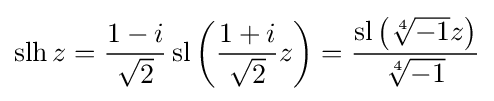
\operatorname {slh} z={\frac {1-i}{\sqrt {2}}}\operatorname {sl} \left({\frac {1+i}{\sqrt {2}}}z\right)={\frac {\operatorname {sl} \left({\sqrt[{4}]{-1}}z\right)}{\sqrt[{4}]{-1}}}